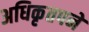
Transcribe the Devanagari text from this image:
अधिकृतपने